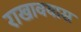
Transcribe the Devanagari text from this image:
राखावयास